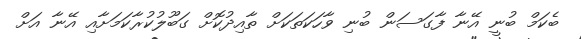
ބެކަމް ބުނީ އޭނާ ފާގަސަން ބުނި ވާހަކަތަކަށް ތާއިދުކޮށް ގަބޫލުކުރާކަމަށާއި އޭނާ އަށް